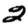
Digit: 2